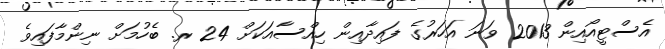
އެސްޓީއޯއިން 2013 ވަނަ އަހަރުގެ ފައިދާއިން ހިއްސާއަކަށް 24 ރ. ބެހުމަށް ނިންމާފައިވެ